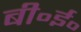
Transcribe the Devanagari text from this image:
बी॰ई॰